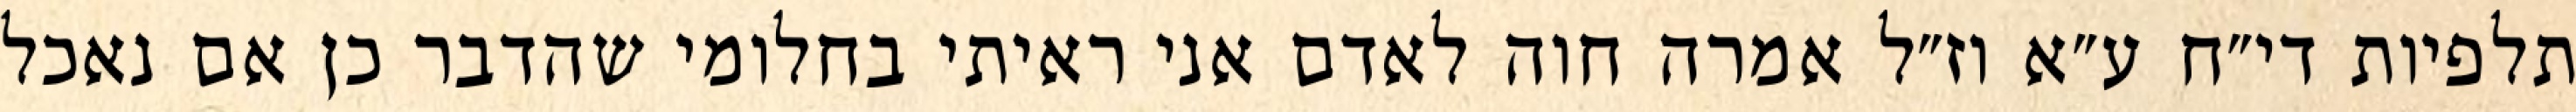
תלפיות די״ח ע״א וז״ל אמרה חוה לאדם אני ראיתי בחלומי שהדבר כן אם נאכל